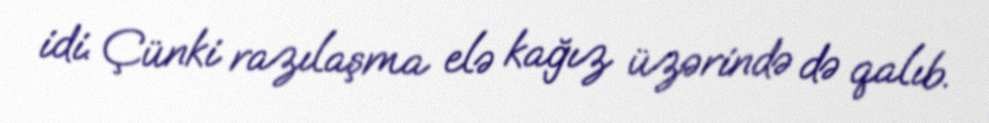
idi. Çünki razılaşma elə kağız üzərində də qalıb.